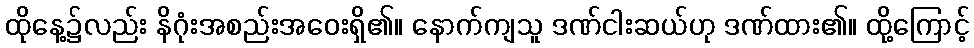
ထိုနေ့၌လည်း နိဂုံးအစည်းအဝေးရှိ၏။ နောက်ကျသူ ဒဏ်ငါးဆယ်ဟု ဒဏ်ထား၏။ ထို့ကြောင့်